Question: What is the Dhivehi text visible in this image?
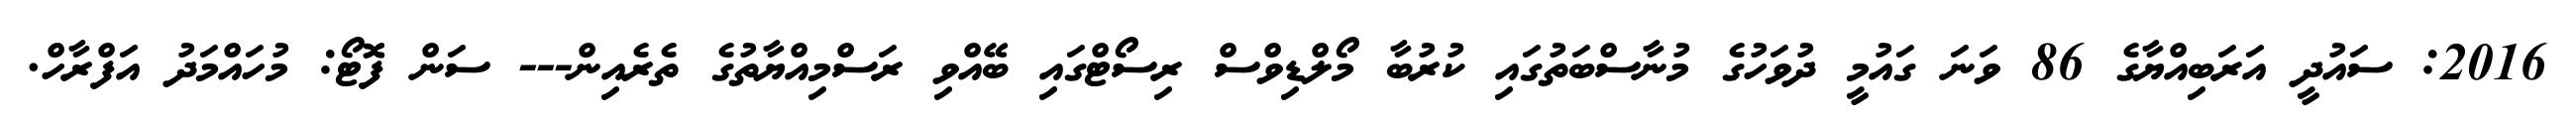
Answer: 2016: ސައުދީ އަރަބިއްޔާގެ 86 ވަނަ ގައުމީ ދުވަހުގެ މުނާސްބަތުގައި ކުރުބާ މޯލްޑިވްސް ރިސޯޓްގައި ބޭއްވި ރަސްމިއްޔާތުގެ ތެރެއިން--- ސަން ފޮޓޯ: މުހައްމަދު އަފްރާހް.